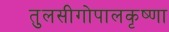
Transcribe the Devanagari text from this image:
तुलसीगोपालकृष्‍णा